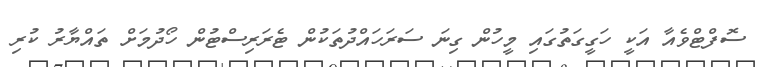
ސޮފްޓްވެއާ އަކީ ހަގީގަތުގައި މީހުން ގިނަ ސަރަހައްދުތަކުން ޓެރަރިސްޓުން ހޯދުމަށް ތައްޔާރު ކުރި